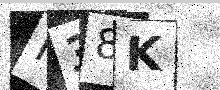
Text: F38K